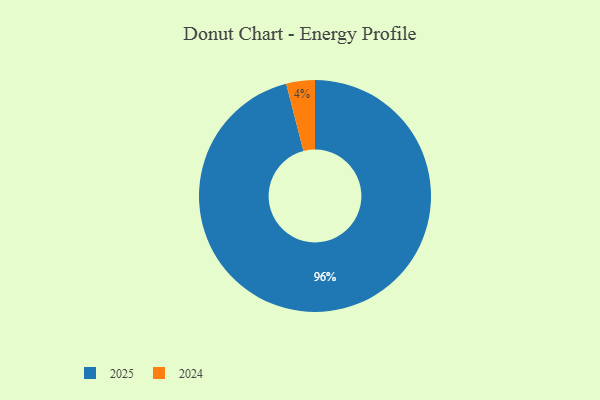
{"axis": {"x": "Category", "y": "Percentage"}, "legend": ["2024", "2025"], "data": [{"x": "2025", "y": 96, "type": "2025"}, {"x": "2024", "y": 4, "type": "2024"}]}